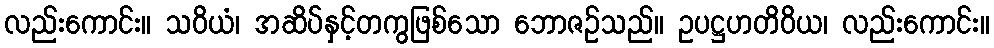
လည်းကောင်း။ သဝိယံ၊ အဆိပ်နှင့်တကွဖြစ်သော ဘောဇဉ်သည်။ ဥပဋ္ဌဟတိဝိယ၊ လည်းကောင်း။